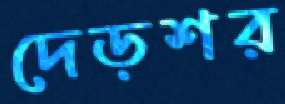
দেড়শর